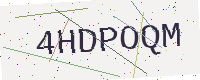
Text: 4HDPOQM